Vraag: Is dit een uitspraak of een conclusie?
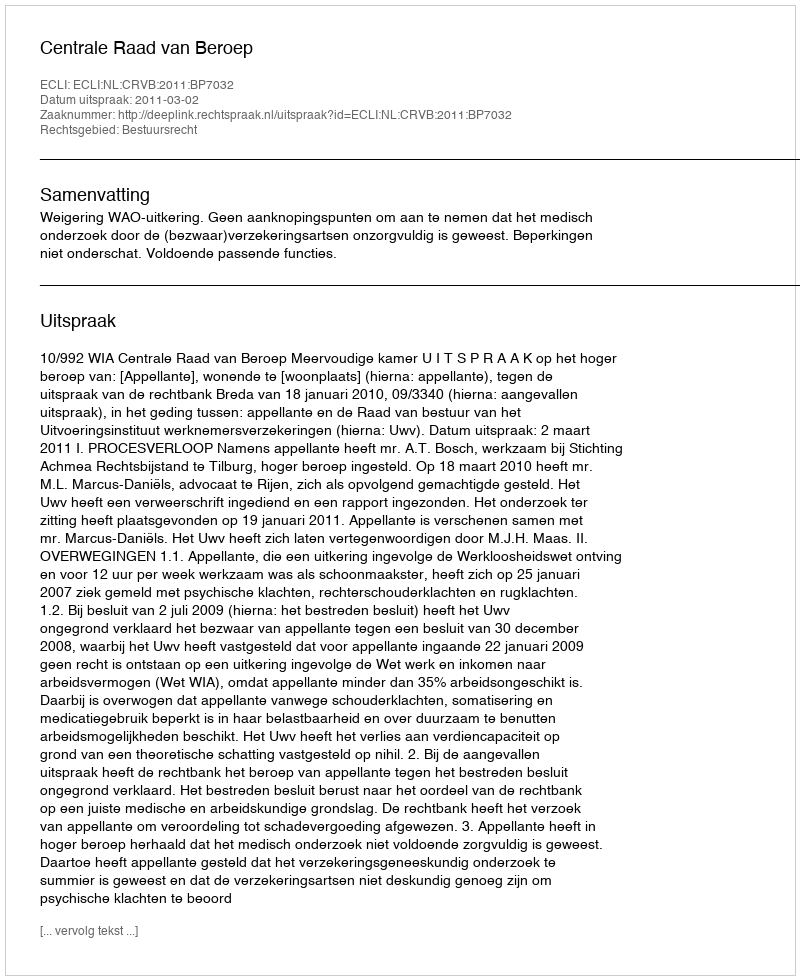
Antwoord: Uitspraak